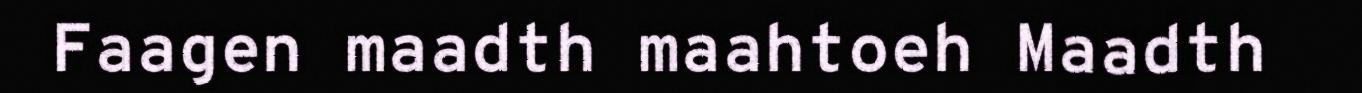
Faagen maadth maahtoeh Maadth